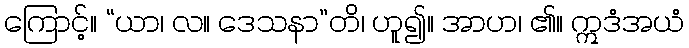
ကြောင့်။ “ယာ၊ လ။ ဒေသနာ”တိ၊ ဟူ၍။ အာဟ၊ ၏။ ဣဒံအယံ